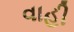
વાહી